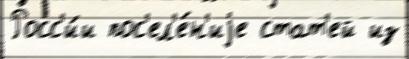
Росс'и́и пос'ел'е́н'иjе стат'ей из